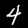
Label: 4